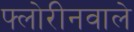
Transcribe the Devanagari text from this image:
फ्लोरीनवाले